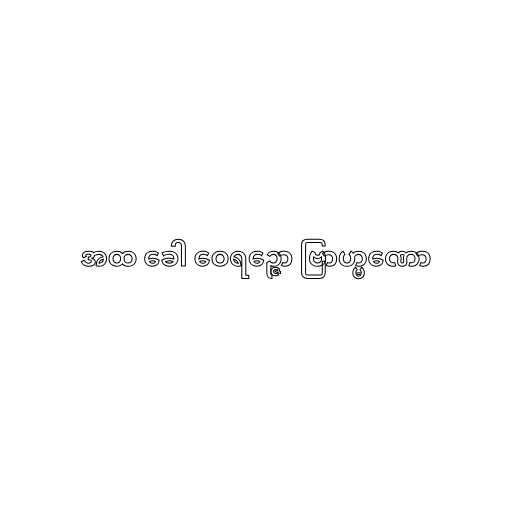
အထ ခေါ ဝေရဉ္ဇော ဗြာဟ္မဏော